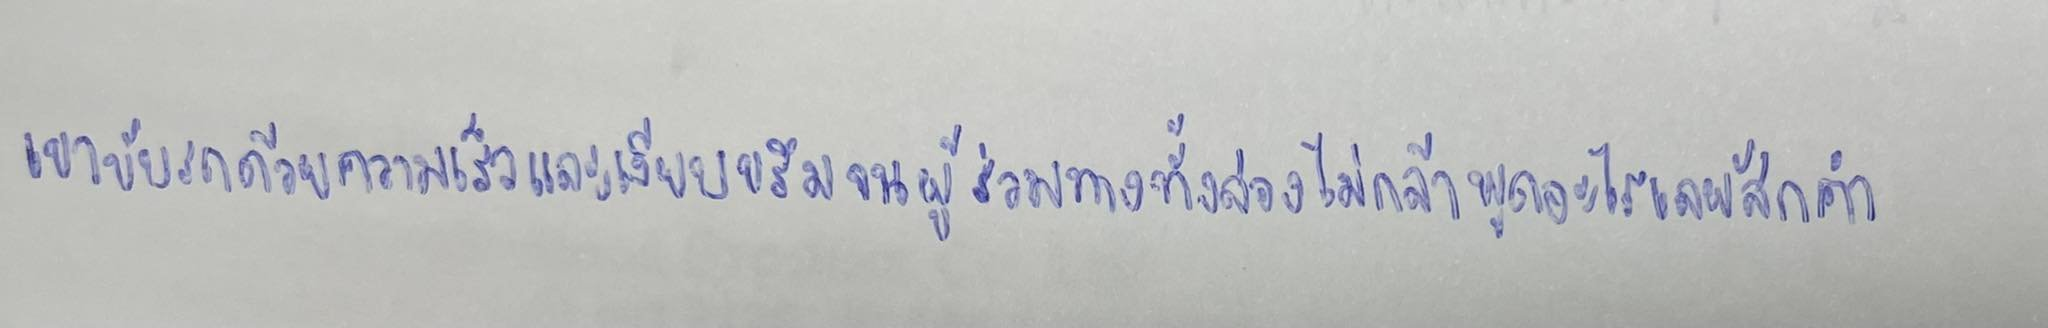
เขาขับรถด้วยความเร็วและเงียบขรึมจนผู้ร่วมทางทั้งสองไม่กล้าพูดอะไรเลยสักคำ